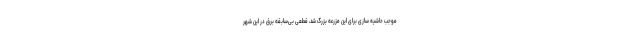
موجب حاشیه سازی برای این مزرعه بزرگ شد، قطعی بی‌سابقه برق در این شهر